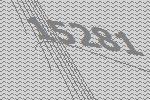
15281